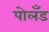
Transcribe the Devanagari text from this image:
पोलँड